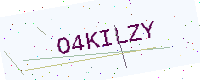
Text: O4KILZY